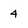
Character: 4